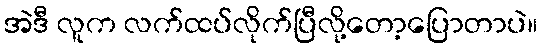
အဲဒီ လူက လက်ထပ်လိုက်ပြီလို့တော့ပြောတာပဲ။